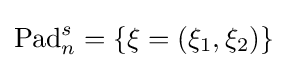
\operatorname {Pad} _{n}^{s}=\lbrace \mathbf {\xi } =(\xi _{1},\xi _{2})\rbrace